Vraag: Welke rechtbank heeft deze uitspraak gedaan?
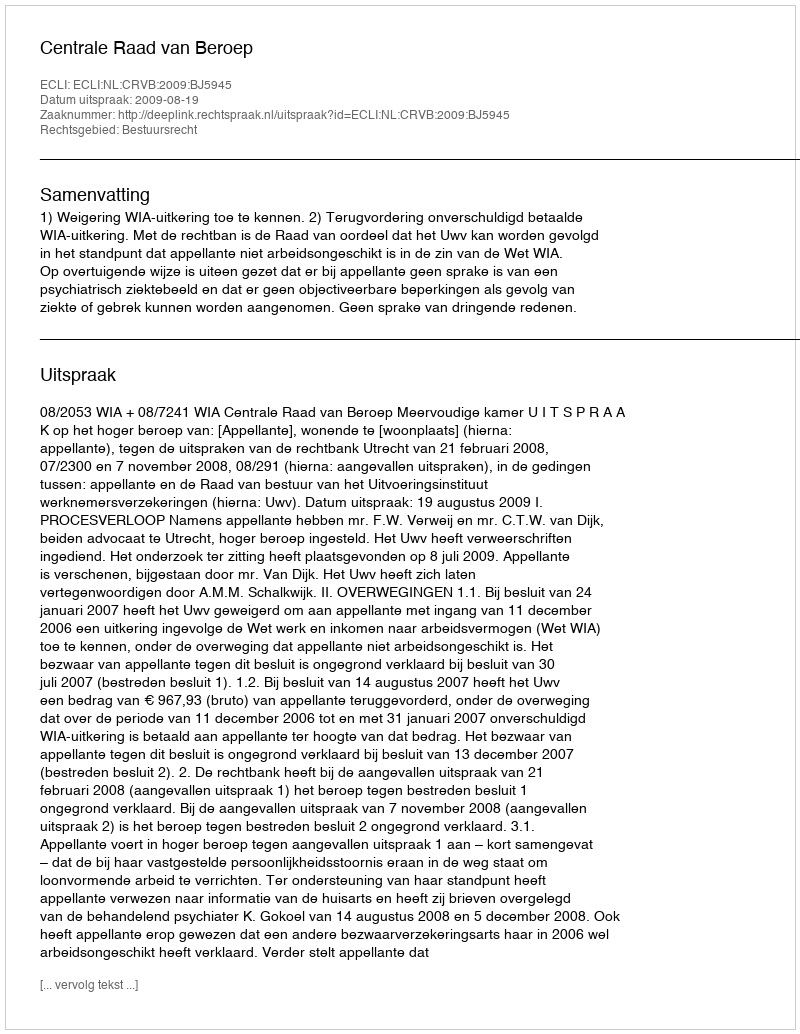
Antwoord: Centrale Raad van Beroep